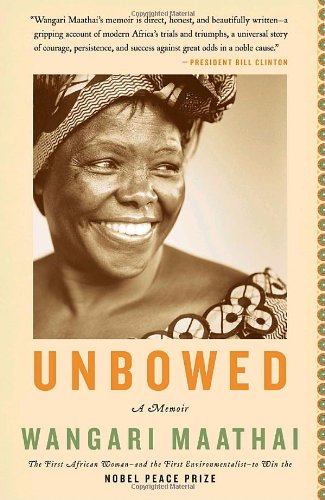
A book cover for Unbowed: A Memoir; Wangari Maathai; Biographies & Memoirs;